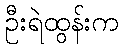
ဦးရဲထွန်းက